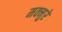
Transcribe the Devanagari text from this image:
मक्मुरे